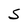
Character: S